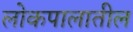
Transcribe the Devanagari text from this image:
लोकपालातील